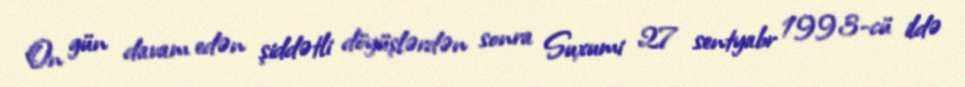
On gün davam edən şiddətli döyüşlərdən sonra Suxumi 27 sentyabr 1993-cü ildə